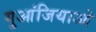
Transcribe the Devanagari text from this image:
गुआंजियाओ